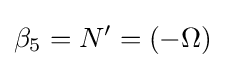
\beta _{5}=N'=(-\Omega )